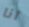
انا